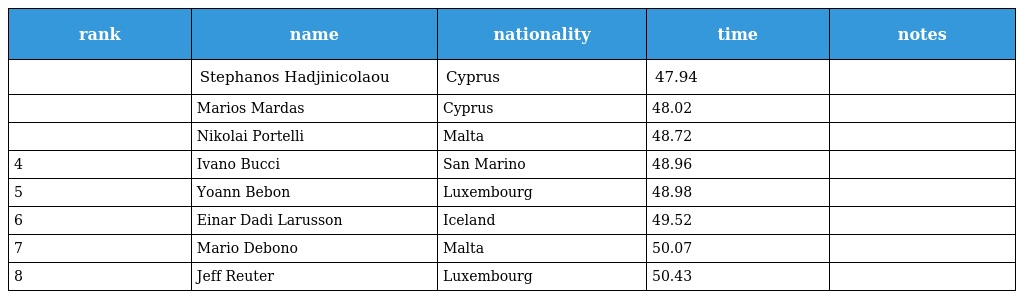
| rank | name | nationality | time | notes |
 | --- | --- | --- | --- | --- |
 |  | Stephanos Hadjinicolaou | Cyprus | 47.94 |  |
 |  | Marios Mardas | Cyprus | 48.02 |  |
 |  | Nikolai Portelli | Malta | 48.72 |  |
 | 4 | Ivano Bucci | San Marino | 48.96 |  |
 | 5 | Yoann Bebon | Luxembourg | 48.98 |  |
 | 6 | Einar Dadi Larusson | Iceland | 49.52 |  |
 | 7 | Mario Debono | Malta | 50.07 |  |
 | 8 | Jeff Reuter | Luxembourg | 50.43 |  |